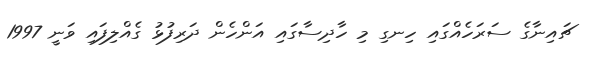
ޗައިނާގެ ސަރަހެއްގައި ހިނގި މި ހާދިސާގައި އަންހެން ދަރިފުޅު ގެއްލިފައި ވަނީ 1997